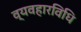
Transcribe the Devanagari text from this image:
व्यवहारविधि